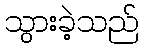
သွားခဲ့သည်